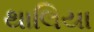
થાલિયા